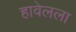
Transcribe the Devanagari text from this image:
हावेलला